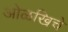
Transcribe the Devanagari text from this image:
ओळखिचे